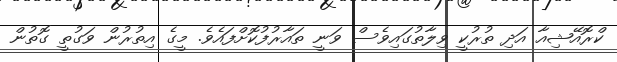
ކްރޮއޭޝިއާ އަދި ތުރުކީ ވިލާތުގައިވެސް ވަނީ ތައާރުފުކޮށްފައެވެ. މީގެ އިތުރުން ވަގުތީ ގޮތުން